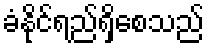
ခံနိုင်ရည်ရှိစေသည်